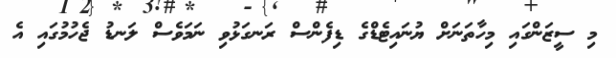
މި ސީޒަންގައި މިހާތަނަށް ޔުނައިޓެޑްގެ ޑިފެންސް ރަނގަޅުވި ނަމަވެސް ލަނޑު ޖެހުމުގައި އެ